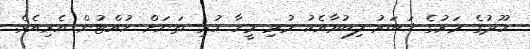
ހޫދުގެ މަރުގެ ޚަބަރު ލިބުމާއެކު މުޅި މީހާ ހުރި ތަނަށް ހުއްޓުން އެރިއެވެ.